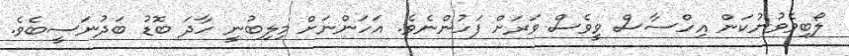
ލޯބިވެވުނުކަން އިހްސާސް ވީވެސް ވަރަށް ފަހުންނެވެ. އަހަންނަށް މިލިބުނީ ހާދަ ބޮޑު ބަދުނަސީބެވެ.